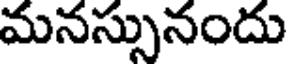
మనస్సునందు